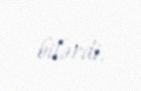
bilərdi.